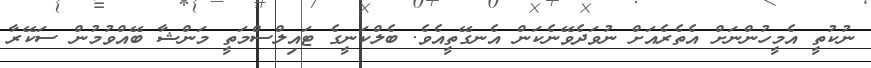
ނުކުތީ އެމީހުންނަށް އެތެރެއަށް ނުވަދެވޭނެކަން އެނގޭތީއެވެ. ބެލްކަނީގެ ޓައިލްސްމަތީ މަންޝާ ބޭއްވުމުން ސަކޭރާ